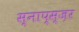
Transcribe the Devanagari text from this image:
स्नाप्स्ज़र